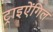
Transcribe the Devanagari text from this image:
ट्राइऐंगिल